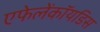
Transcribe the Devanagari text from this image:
एफेलेंकॉयडिस